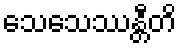
သေသေဿန္တီတိ